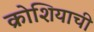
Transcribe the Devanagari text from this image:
क्रोशियाची